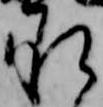
承